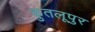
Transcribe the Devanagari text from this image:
कुतलूपुर